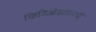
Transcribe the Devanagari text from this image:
व्हिडिओग्राफरची